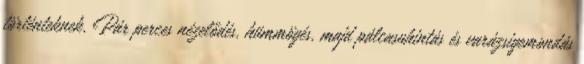
történteknek. Pár perces nézelődés, hümmögés, majd pálcasuhintás és varázsigemondás